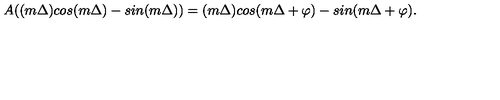
A ( ( m \Delta ) c o s ( m \Delta ) - s i n ( m \Delta ) ) = ( m \Delta ) c o s ( m \Delta + \varphi ) - s i n ( m \Delta + \varphi ) .